38_143685_box_Incident_Summaries_173-233
Agency: Department of War
Page 23
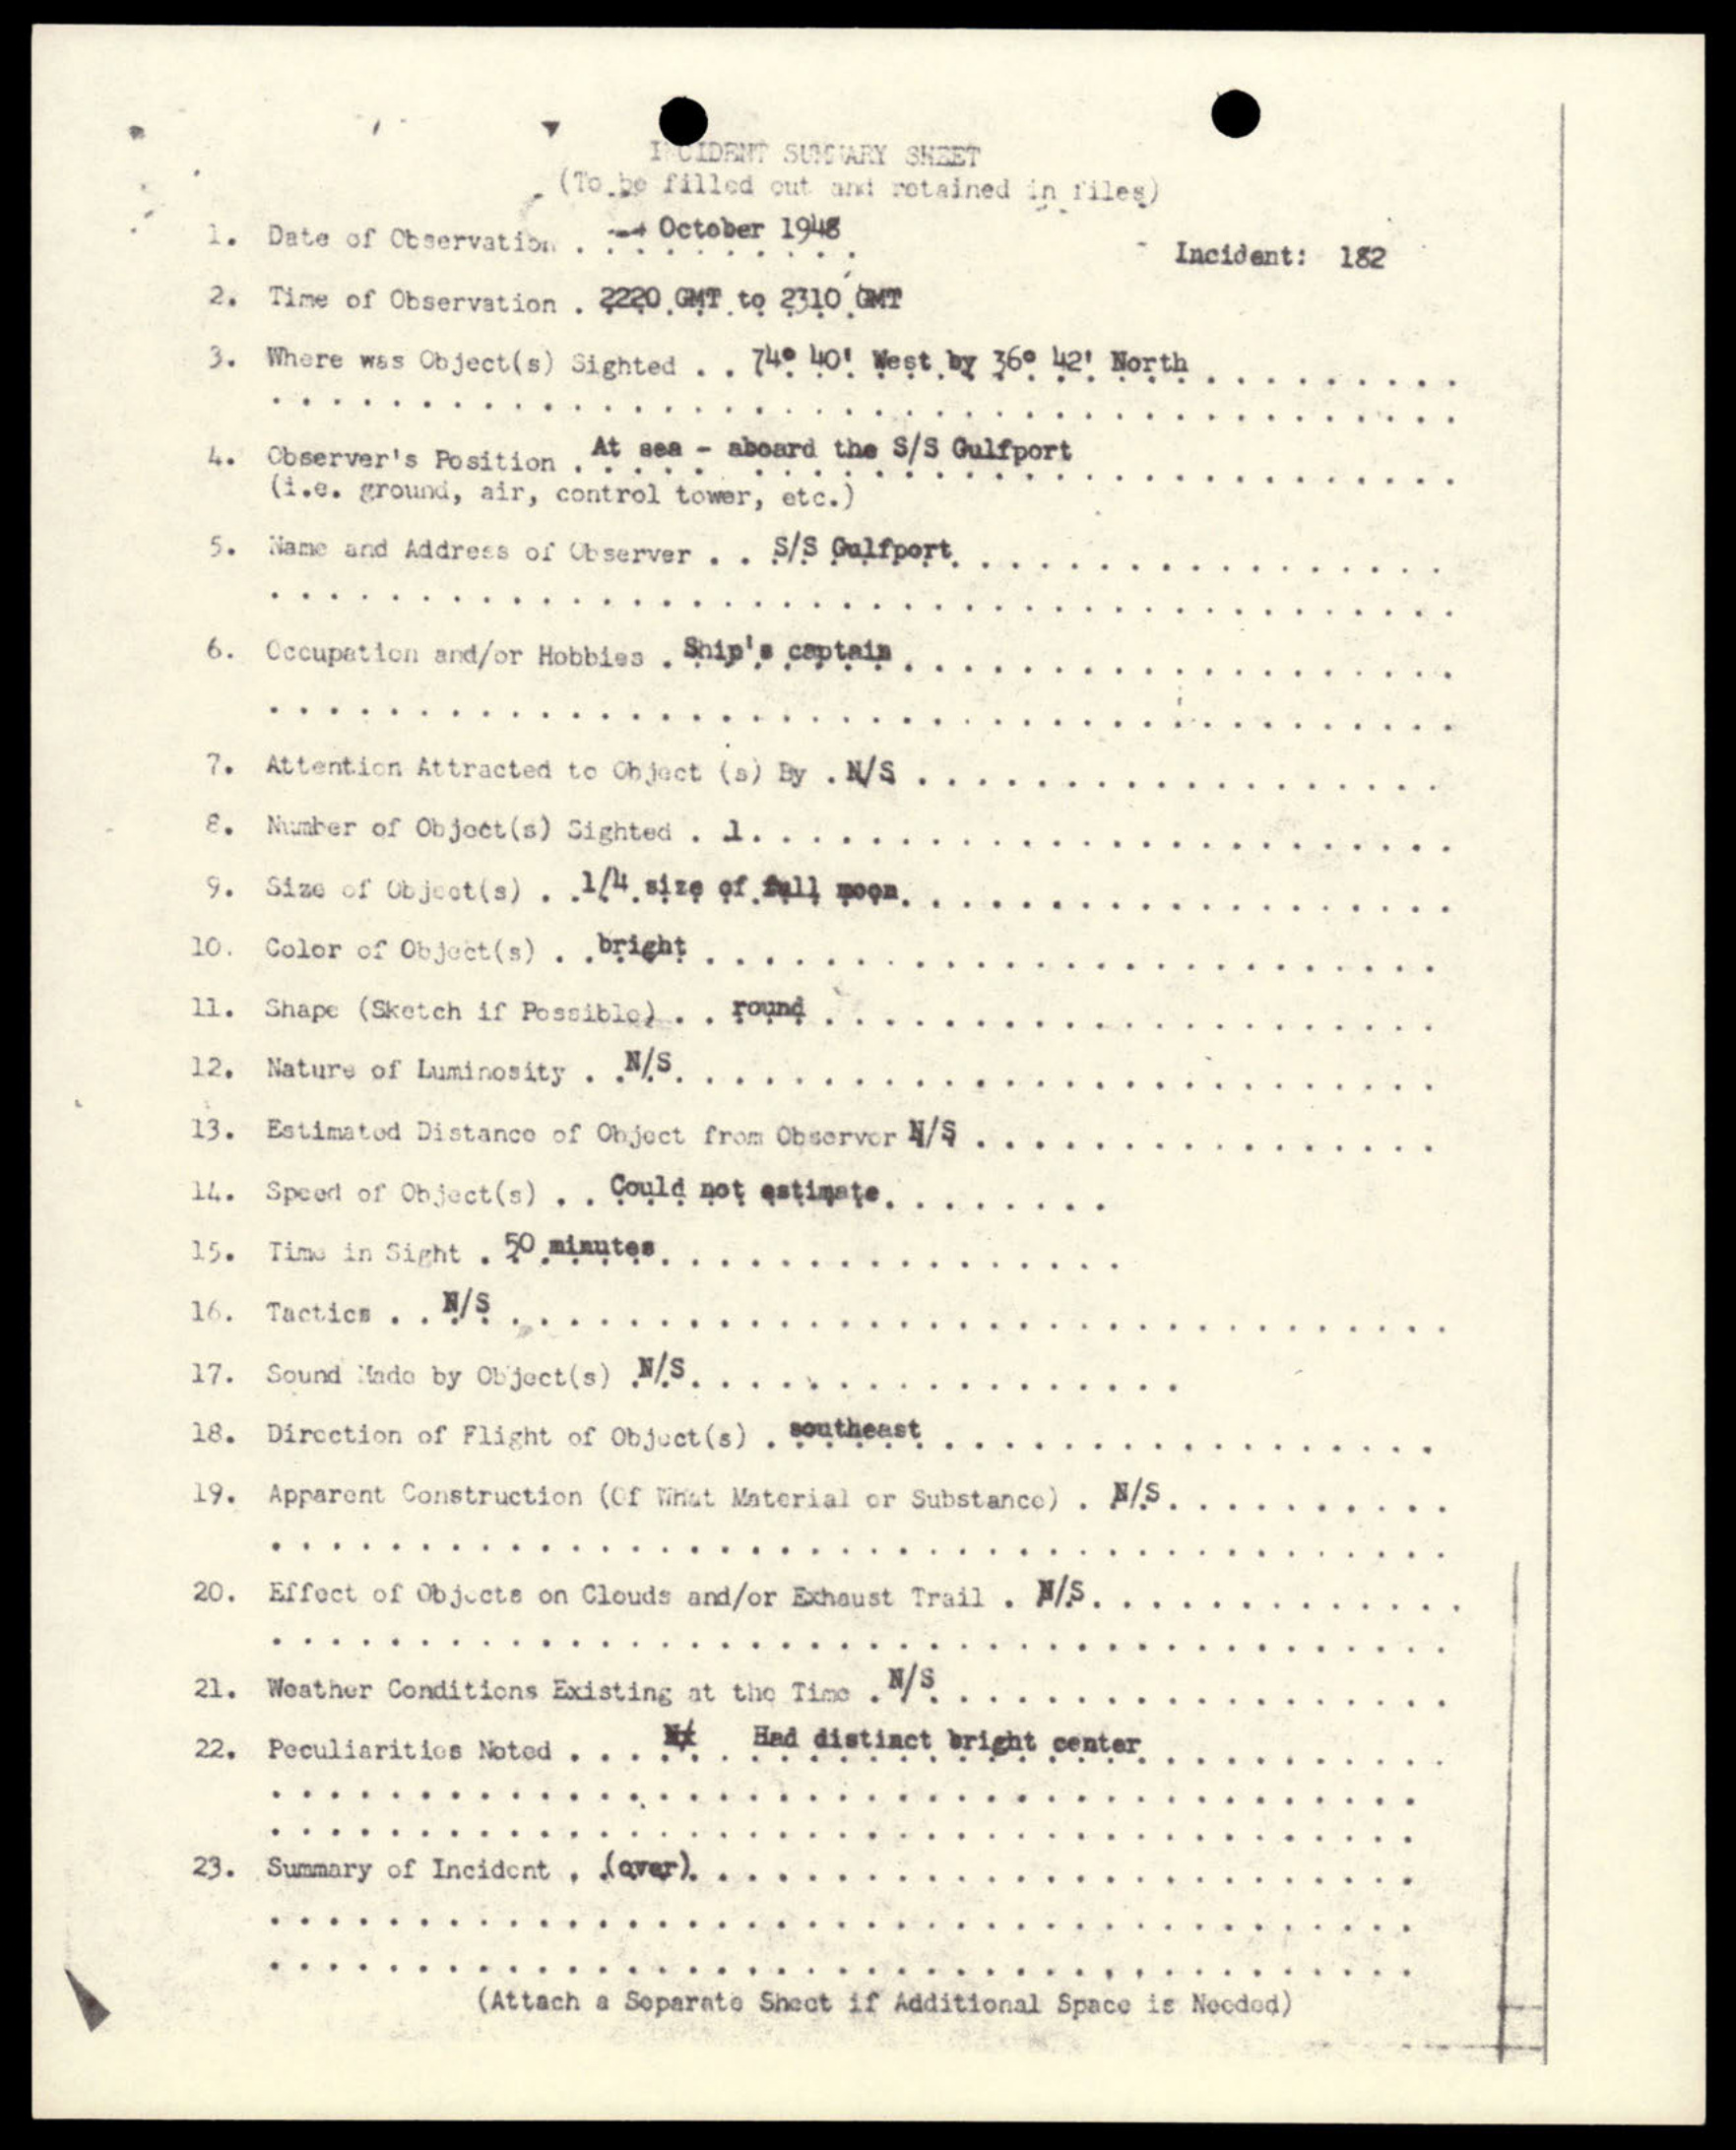